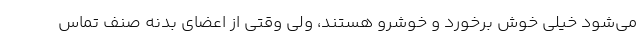
می‌شود خیلی خوش برخورد و خوشرو هستند، ولی وقتی از اعضای بدنه صنف تماس